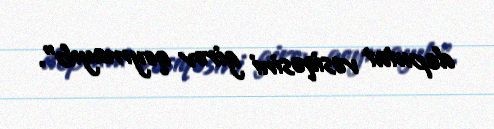
deputat vəsiqəsini girov qoymayıb”.